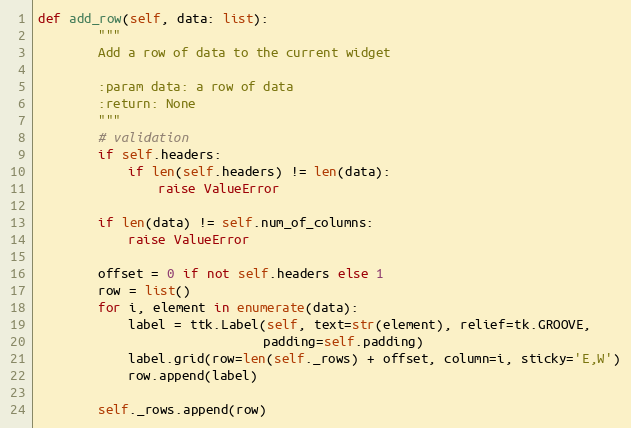
Language: Python
def add_row(self, data: list):
        """
        Add a row of data to the current widget

        :param data: a row of data
        :return: None
        """
        # validation
        if self.headers:
            if len(self.headers) != len(data):
                raise ValueError

        if len(data) != self.num_of_columns:
            raise ValueError

        offset = 0 if not self.headers else 1
        row = list()
        for i, element in enumerate(data):
            label = ttk.Label(self, text=str(element), relief=tk.GROOVE,
                              padding=self.padding)
            label.grid(row=len(self._rows) + offset, column=i, sticky='E,W')
            row.append(label)

        self._rows.append(row)